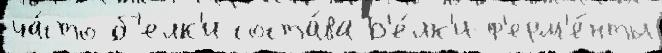
ча́сто б'елк'и соста́ва Б'е́лк'и-ф'ерм'е́нты